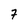
Character: 7